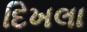
દિખલા